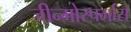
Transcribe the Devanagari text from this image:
जीन्मोस्पर्मास